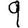
Digit: 9